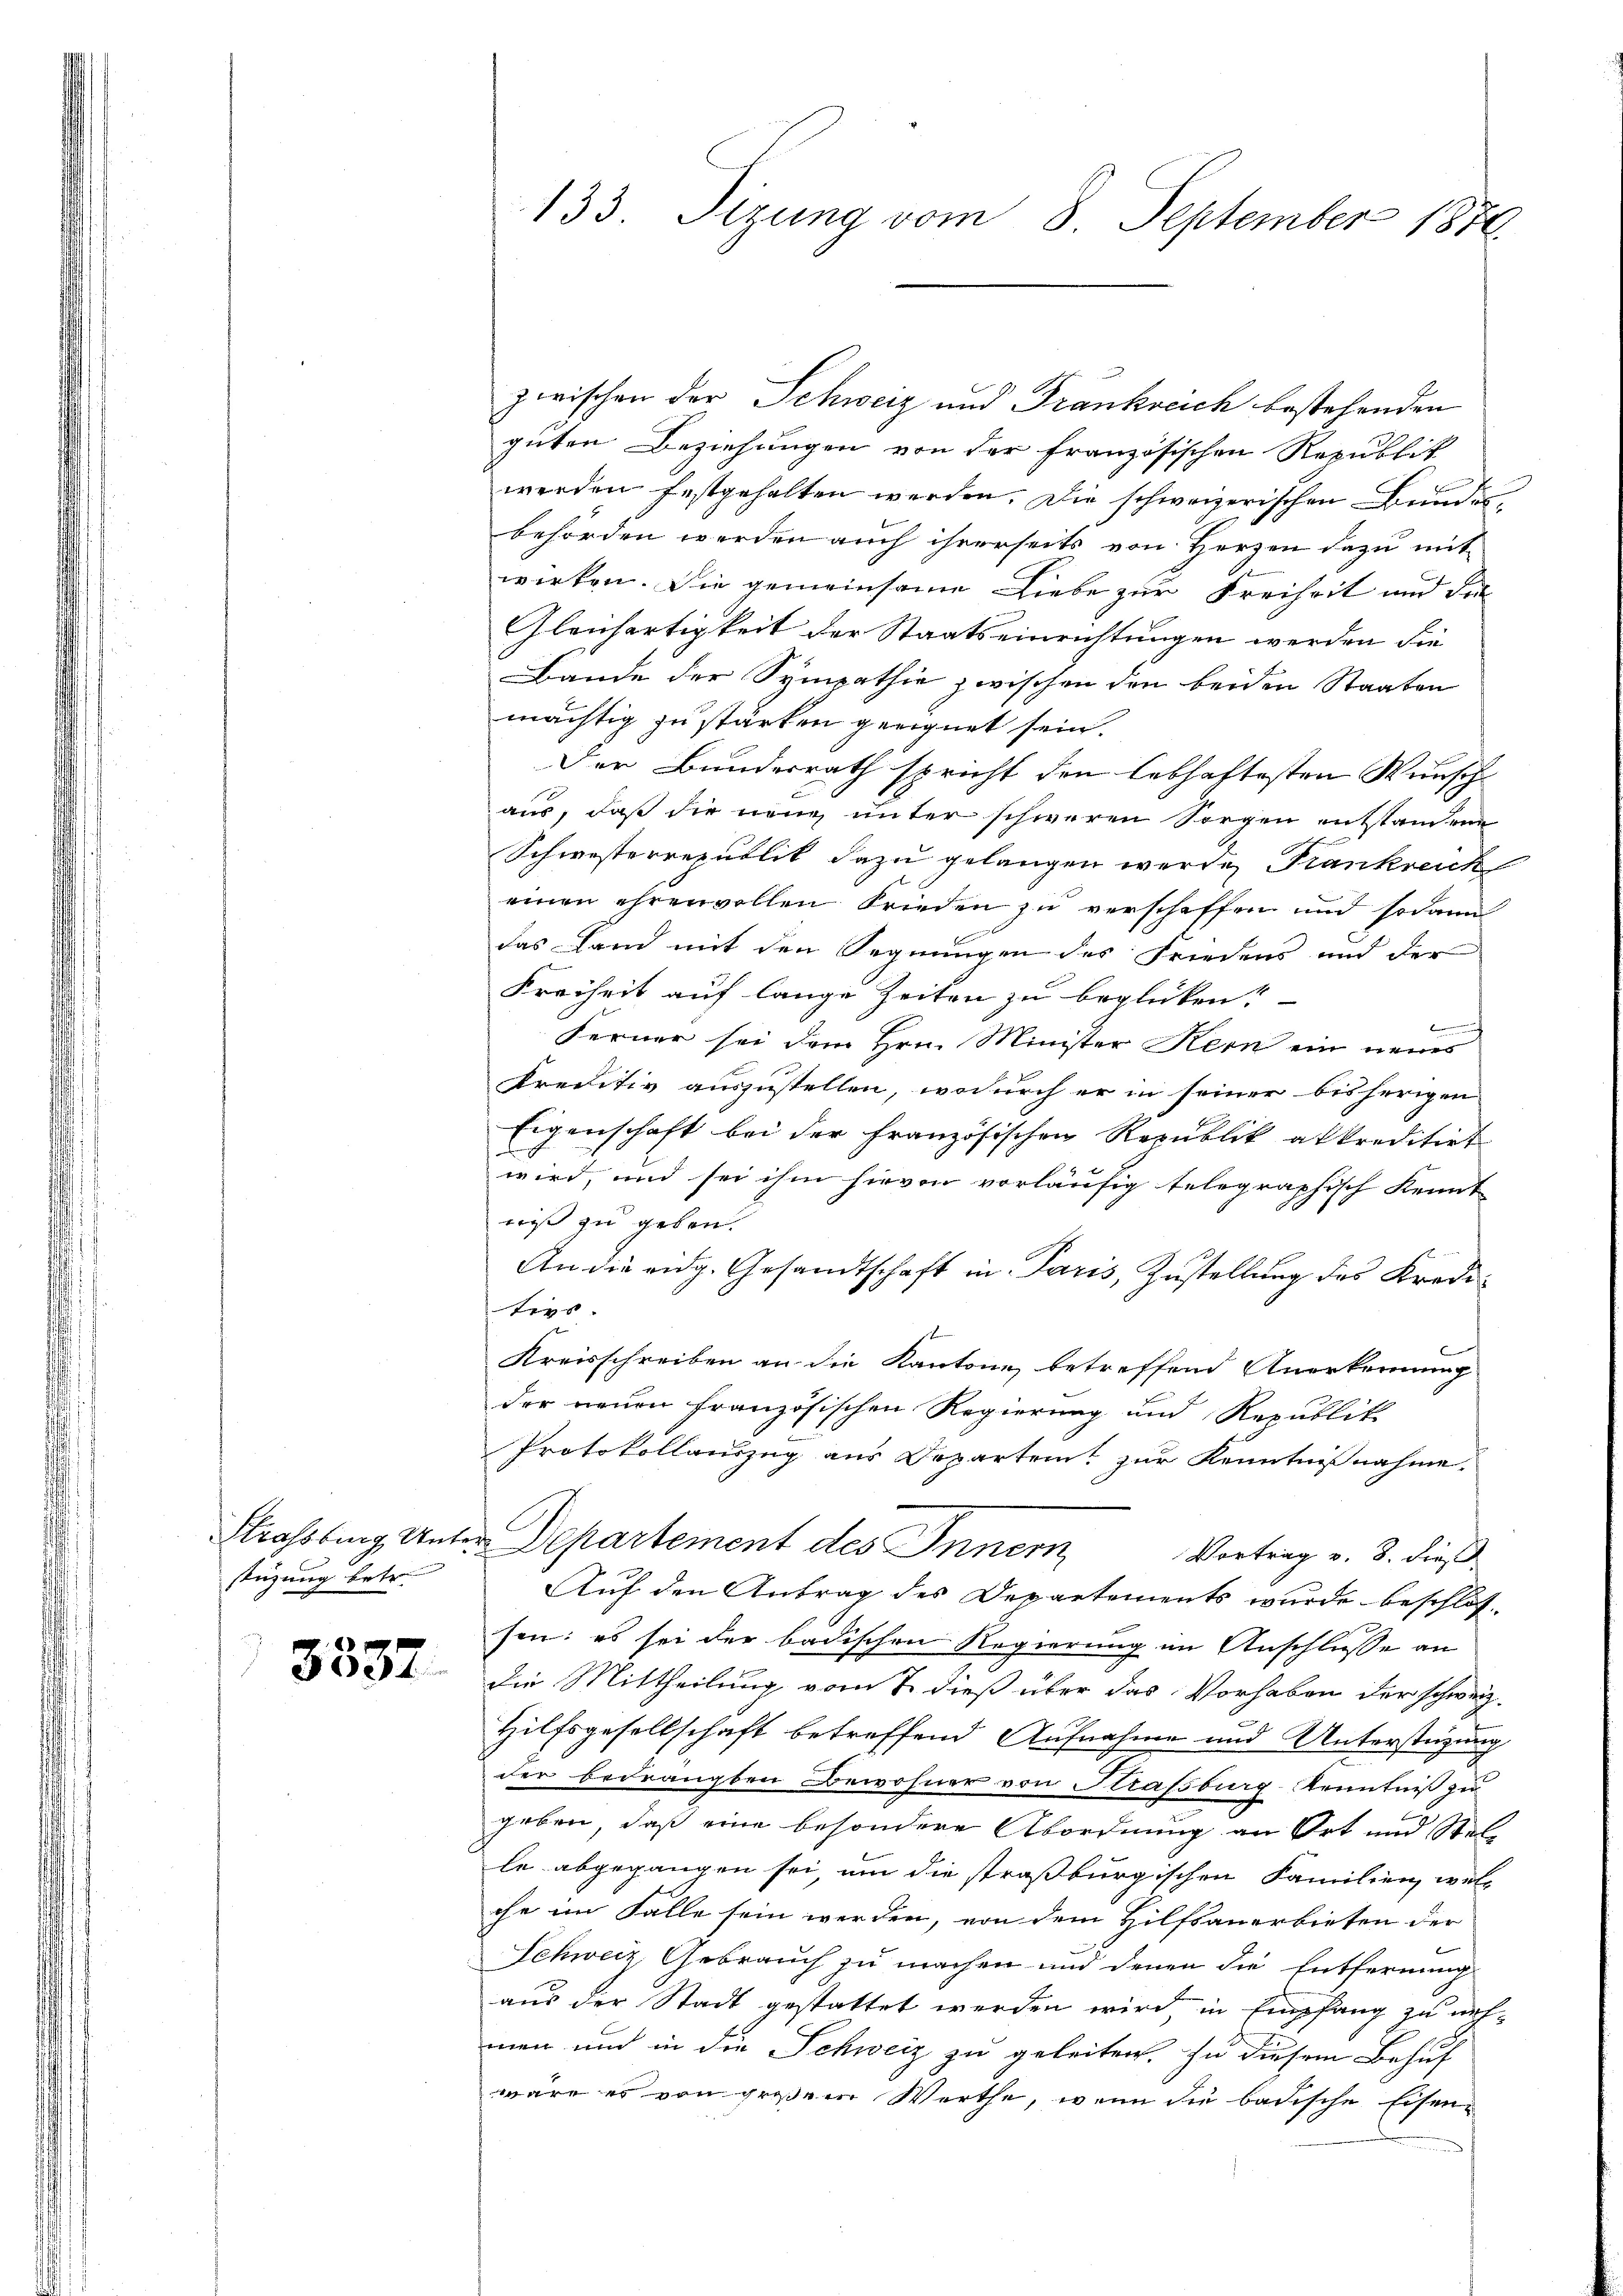
Strassburg, Unter
stüzung betr.

3537.

133. Sizung vom 8. September 1874.

guten Beziehungen von der französischen Republik
werden festgehalten werden. Die schweizerischen Bundesbehörden werden auch ihrerseits von Herzen dazu mit
wirken. Die gemeinsame Liebe zur Freiheit und der
Glenfertigkeit der Staatseinrichtungen werden die
Bande der Sympathie zwischen den beiden Staaten
mächtig zu stärken geeignet sein.
Der Bundesrath spricht den lebhaftesten Wunsch
aus, daß die neue unter schweren Sorgen entstanden
Schwisterrezullit dazu gelangen wurde, Krankreick
einen ehrenvollen Frieden zu verschaffen und sodann
das Land mit den Segnungen des Friedens und der
Freiheit auf lange Zeiten zu beglücken?
f
Ferner sei dem Hrn. Minister Kern ein neues
kreditiv auszustellen, wodurch er in seiner bisherigen
Eigenschaft bei der Französischen Republik akkreditirt
wird, und sei ihm hievon vorläufig telegraphisch Kennt
niß zu geben.
An die eidg. Gesandtschaft in Paris, Zustellung des Krediti
Kreisschreiben an die Kantone betreffend Anerkennung
der neuen Französischen Regierung und Republik
Protokollauszug aus Departeit zur Kenntnißnahme.
Departement des Innern,
Vortrag v. 3. dieß
Auf den Antrag des Departements wurde beschlossen: es sei der badischen Regierung im Anschlusse an
Die Mittheilung vom 7. dieß über das Vorhaben der schweiz.
Hilfsgesellschaft betreffend Aufnahme und Unterstüzung
der bedrängten Bewohner von Straßburg-Kenntniß zu
geben, daß eine besondere Abordnung an Ort und Stelle abgegangen sei, um die straßburgischen Familien, welc
che im Falle sein werden, von dem Hilfsanerbieten der
Schweiz Gebrauch zu machen und denen die Entfernung
aus der Stadt gestattet werden wird in Empfang zu nehnen und in die Schweiz zu geleiten, zu diesem Behuf
wäre es von großem Werthe, wenn die badische Eisen¬

zwischen der Schweiz und Frankreich bestehenden